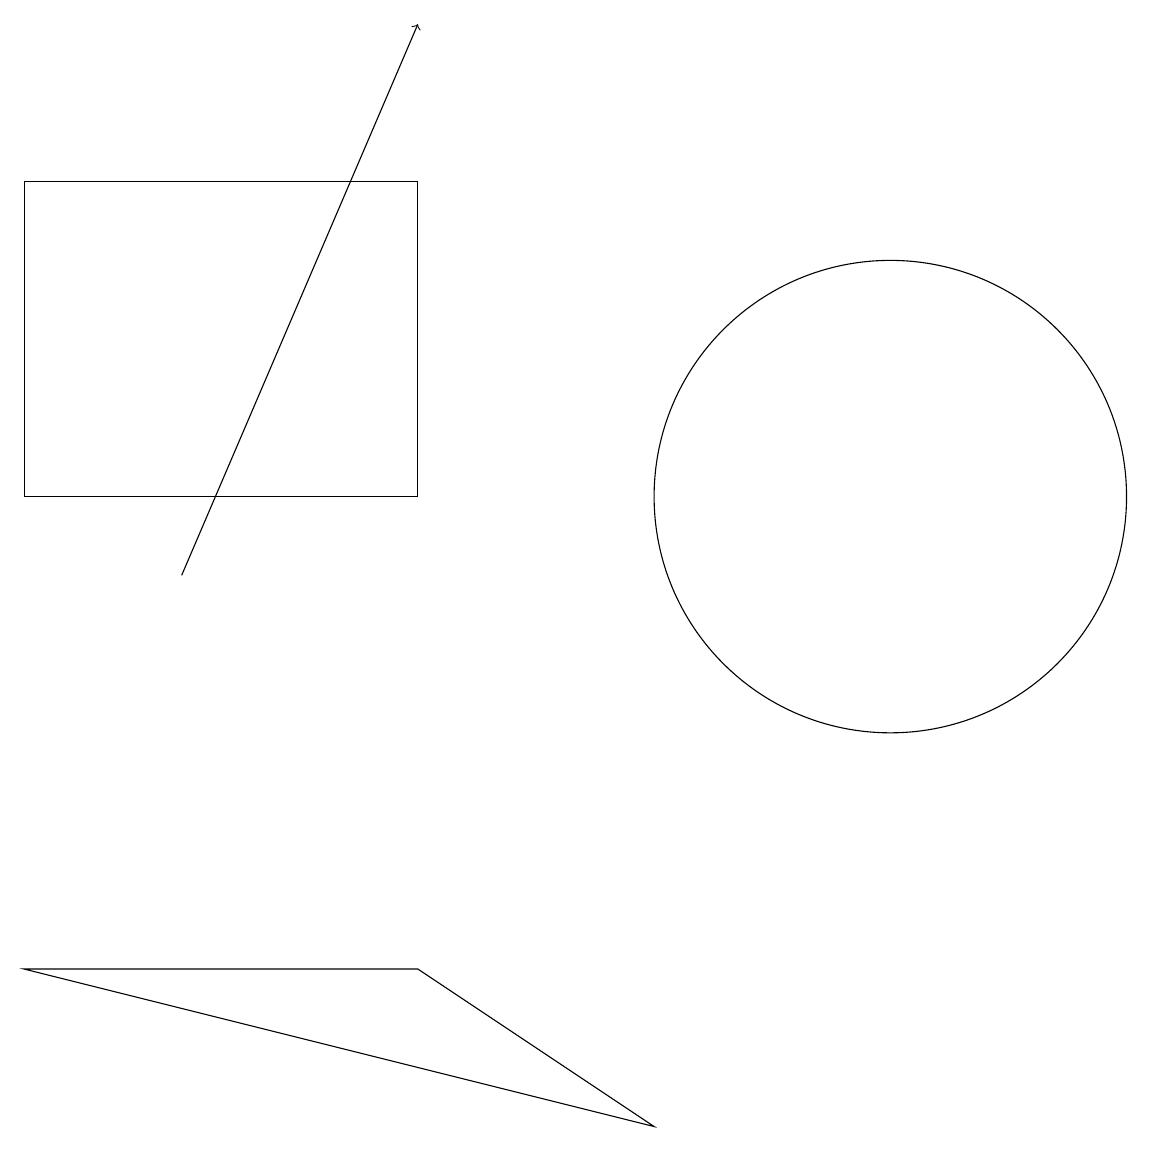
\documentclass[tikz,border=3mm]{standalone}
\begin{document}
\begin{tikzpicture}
\draw (1,11) rectangle (6,15);
\draw (12,11) circle (3);
\draw[->] (3,10) -- (6,17);
\draw (6,5) -- (1,5) -- (9,3) -- cycle;
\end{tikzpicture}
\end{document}